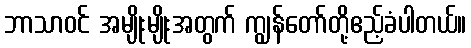
ဘာသာဝင် အမျိုးမျိုးအတွက် ကျွန်တော်တို့ဧည့်ခံပါတယ်။